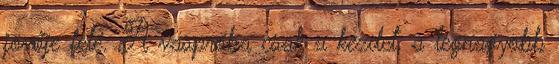
jövője felé. A vaspróba csak a kezdet, a legnagyobb